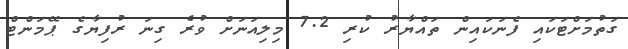
ގަތުމަށްޓަކައި ފެނަކައިން ތައްޔާރު ކުރި 7.2 މިލިއަނަށް ވުރެ ގިނަ ރުފިޔާގެ ޕޭމަންޓް